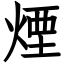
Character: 煙